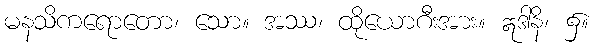
မနသိကရောတော၊ သော။ အဿ၊ ထိုယောဂီးအား။ ဣဒါနိ၊ ၌။